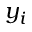
y _ { i }